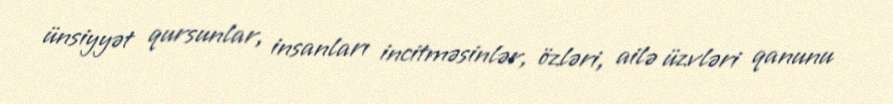
ünsiyyət qursunlar, insanları incitməsinlər, özləri, ailə üzvləri qanunu